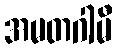
အမတဂါမီ